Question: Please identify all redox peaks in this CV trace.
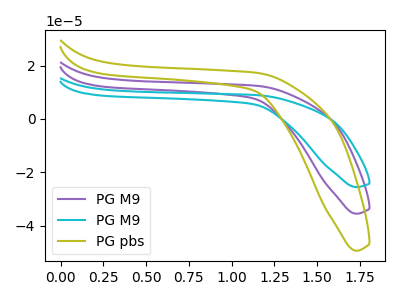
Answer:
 <answer>The purple curve "PG M9" has no peaks. The cyan curve "PG M9" has no peaks. The olive curve "PG pbs" has no peaks.</answer>
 <eval></eval>